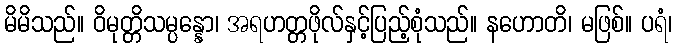
မိမိသည်။ ဝိမုတ္တိသမ္ပန္နော၊ အရဟတ္တဖိုလ်နှင့်ပြည့်စုံသည်။ နဟောတိ၊ မဖြစ်။ ပရံ၊